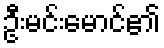
ဦးမင်းမောင်၏